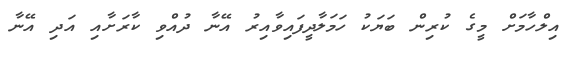
އިލްހާމަށް މީގެ ކުރިން ބަޔަކު ހަމަލާދީފައިވާއިރު އޭނާ ދުއްވި ކާރަށާއި އަދި އޭނާ